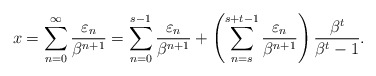
\begin{align*}x=\sum_{n=0}^\infty\frac{\varepsilon_n}{\beta^{n+1}}=\sum_{n=0}^{s-1}\frac{\varepsilon_n}{\beta^{n+1}} + \left(\sum_{n=s}^{s+t-1}\frac{\varepsilon_n}{\beta^{n+1}}\right) \frac{\beta^t}{\beta^t-1}.\end{align*}